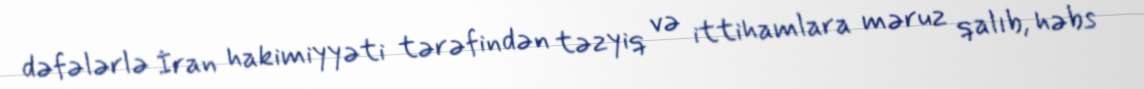
dəfələrlə İran hakimiyyəti tərəfindən təzyiq və ittihamlara məruz qalıb, həbs